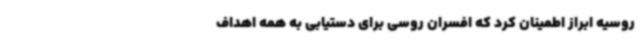
روسیه ابراز اطمینان کرد که افسران روسی برای دستیابی به همه اهداف